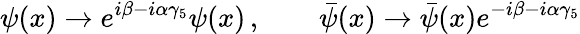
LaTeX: \psi(x)\to e^{i\beta-i\alpha\gamma_{5}}\psi(x)\, ,\qquad\bar{\psi}(x)\to\bar{\psi}(x)e^{-i\beta-i\alpha\gamma_{5}}